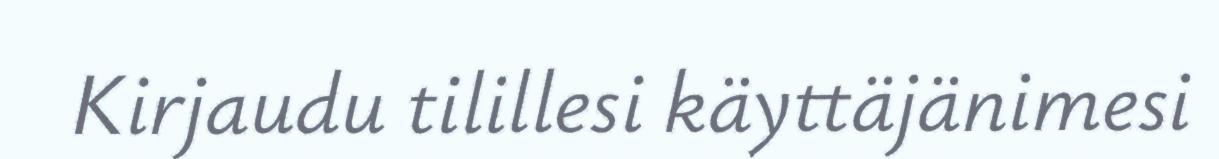
Kirjaudu tilillesi käyttäjänimesi